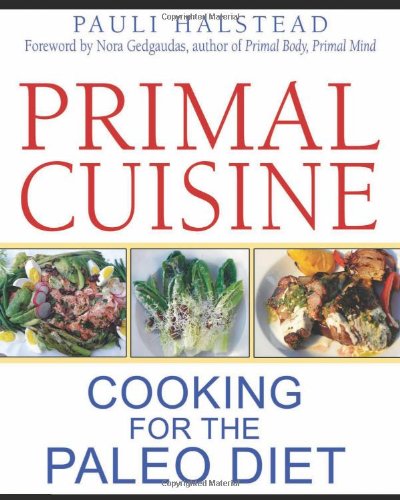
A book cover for Primal Cuisine: Cooking for the Paleo Diet; Pauli Halstead; Health, Fitness & Dieting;